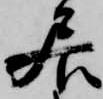
居